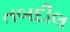
તબદીલ